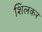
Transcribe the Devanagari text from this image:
शिलकर